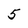
Character: 5